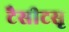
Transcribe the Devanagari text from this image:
टैसीटसृ